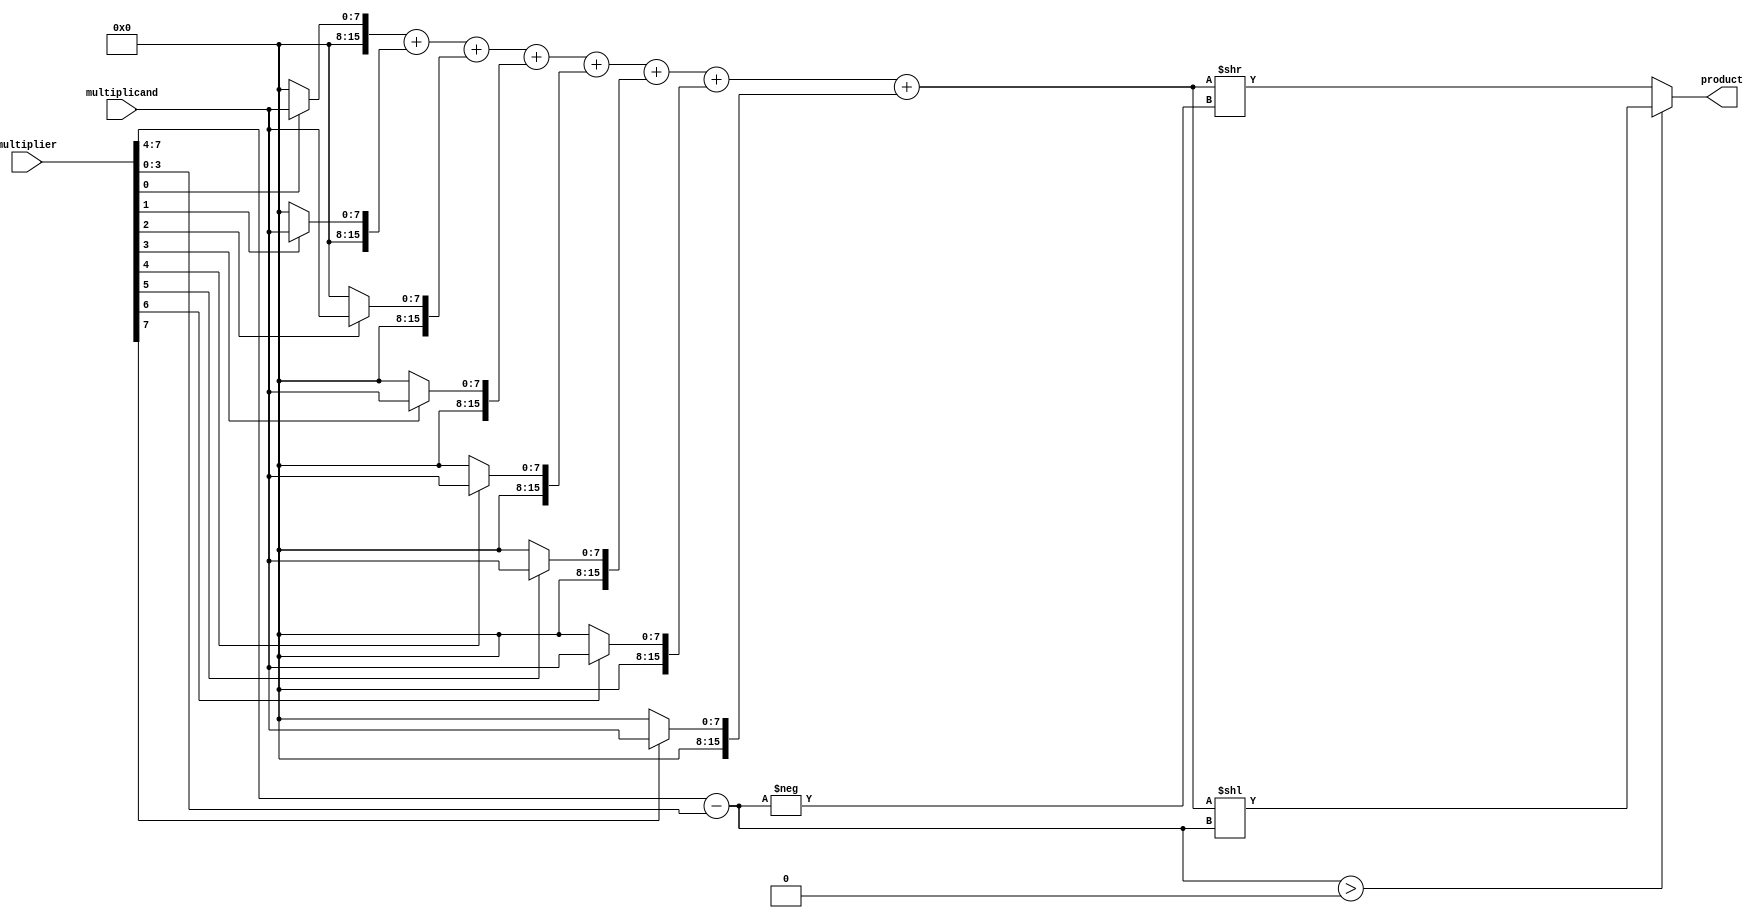
module booth_multiplier(
    input [7:0] multiplicand,
    input [7:0] multiplier,
    output reg [15:0] product
);

// Partial Product Generation
wire [15:0] partial_products [7:0];
genvar i;
generate
    for (i = 0; i < 8; i = i + 1) begin : gen_partial_products
        assign partial_products[i] = multiplier[i] ? {8'b0, multiplicand} : 8'b0;
    end
endgenerate

// Wallace tree adder for accumulation
wire [15:0] sum;
assign sum = partial_products[0] + partial_products[1] + partial_products[2] + partial_products[3]
    + partial_products[4] + partial_products[5] + partial_products[6] + partial_products[7];

// Barrel shifter for shifting operations
reg [3:0] shift_amount;
always @* begin
    shift_amount = multiplier[7:4] - multiplier[3:0];
end

reg [15:0] shifted_product;
always @* begin
    shifted_product = shift_amount > 0 ? sum << shift_amount : sum >> -shift_amount;
end

// Output
assign product = shifted_product;

endmodule